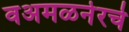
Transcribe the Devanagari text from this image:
वअमळनेरचे